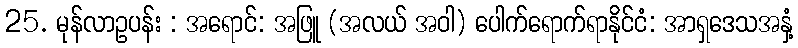
25. မုန်လာဥပန်း : အရောင်: အဖြူ (အလယ် အဝါ) ပေါက်ရောက်ရာနိုင်ငံ: အာရှဒေသအနှံ့